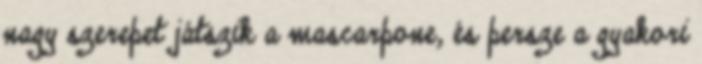
nagy szerepet játszik a mascarpone, és persze a gyakori